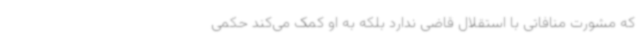
که مشورت منافاتی با استقلال قاضی ندارد بلکه به او کمک می‌کند حکمی